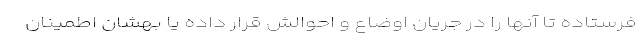
فرستاده تا آنها را در جریان اوضاع و احوالش قرار داده یا بهشان اطمینان